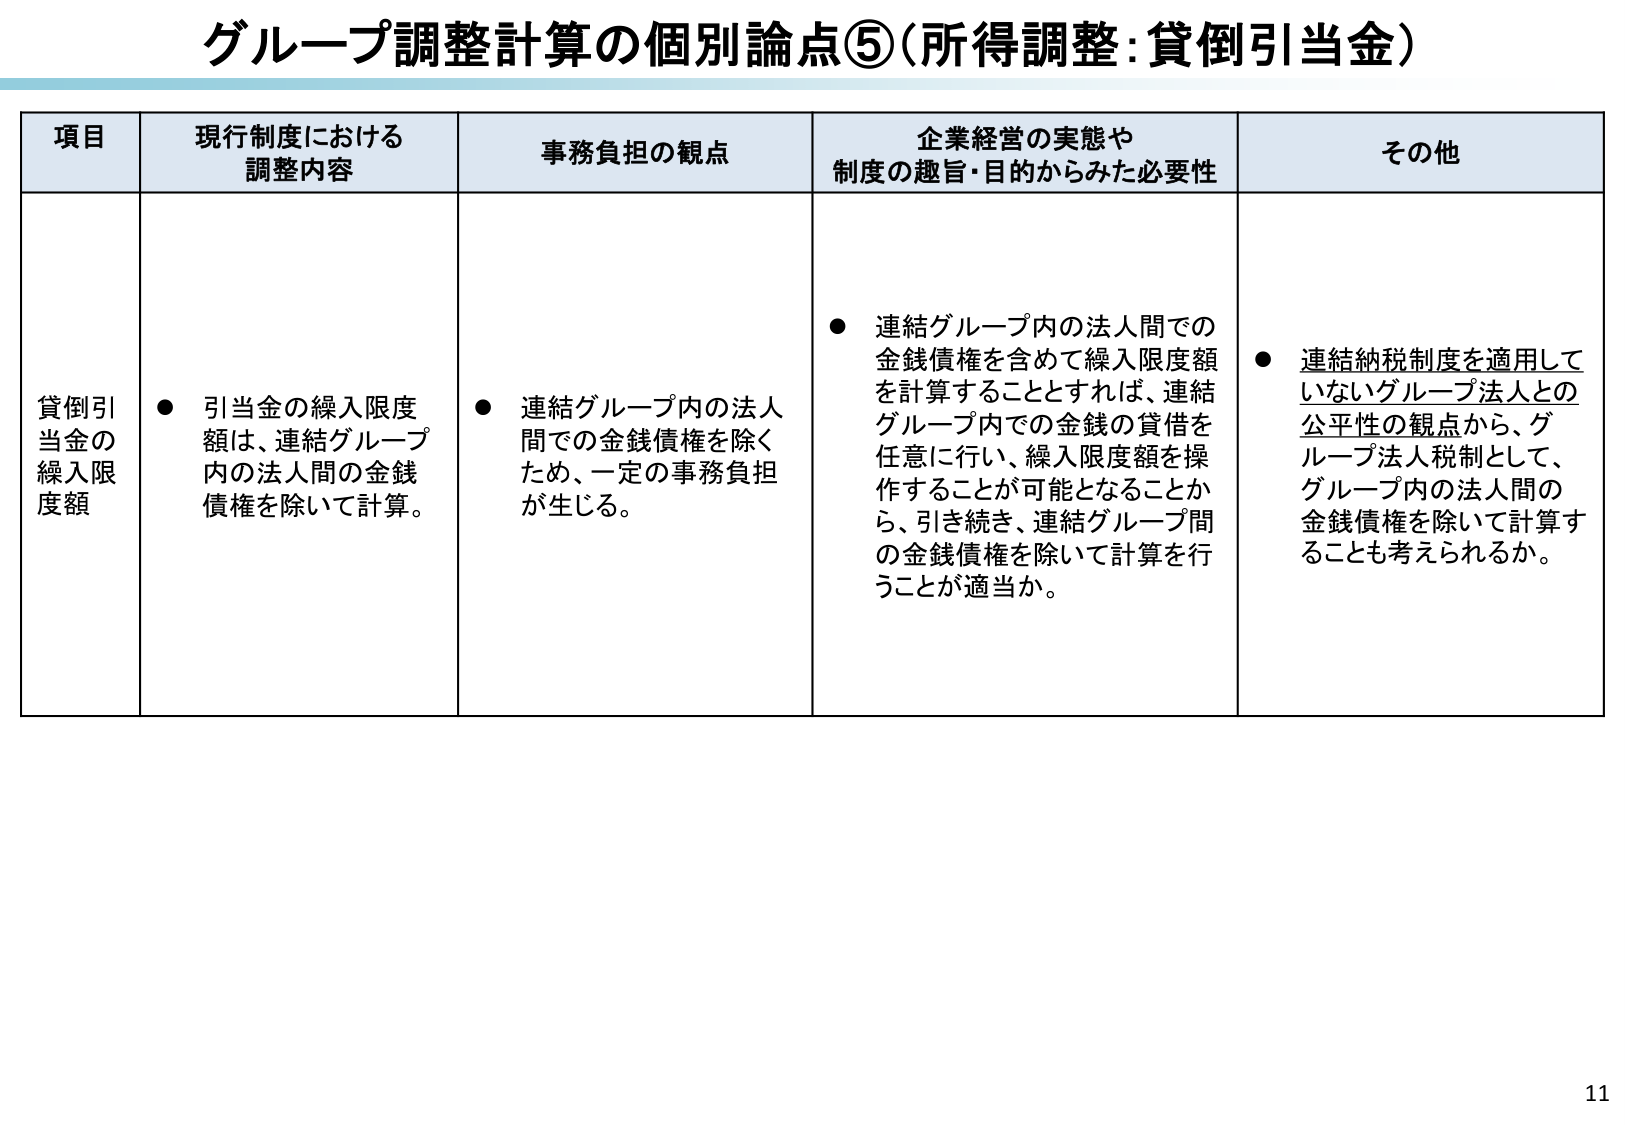
グループ調整計算の個別論点⑤（所得調整：貸倒引当金）

項目 現行制度における調整内容 事務負担の観点 企業経営の実態や制度の趣旨・目的からみた必要性 その他

貸倒引当金の繰入限度額
● 引当金の繰入限度額は、連結グループ内の法人間の金銭債権を除いて計算。
● 連結グループ内の法人間での金銭債権を除くため、一定の事務負担が生じる。
● 連結グループ内の法人間での金銭債権を含めて繰入限度額を計算することとすれば、連結グループ内での金銭の貸借を任意に行い、繰入限度額を操作することが可能となることから、引き続き、連結グループ間の金銭債権を除いて計算を行うことが適当か。
● 連結納税制度を適用していないグループ法人との公平性の観点から、グループ法人税制として、グループ内の法人間の金銭債権を除いて計算することも考えられるか。

11